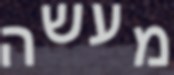
מעשה